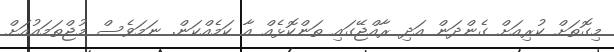
މިގޮތަށް ކުރިއަށް ގެންދަން އަދި ރާއްޖޭގައި ތަންކޮޅެއް އާ ކަމެއްކަން. ނަމަވެސް މުޖްތަމައުއަށް